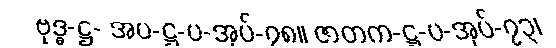
ဗုဒ္ဓ-ဋ္ဌ- အပ-ဋ္ဌ-ပ-အုပ်-၇၈။ ဇာတက-ဋ္ဌ-ပ-အုပ်-၇၃၊